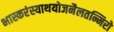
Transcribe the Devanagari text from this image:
भास्करंस्याथयोजनैलतन्मिरो